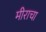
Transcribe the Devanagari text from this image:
मीराचा